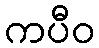
ကပီဝ